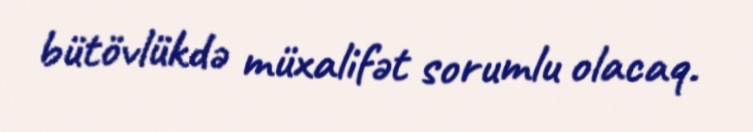
bütövlükdə müxalifət sorumlu olacaq.